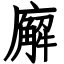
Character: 廨